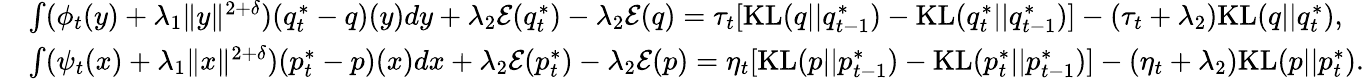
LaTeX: \begin{array}{rl}&{\int(\phi_{t}(y)+\lambda_{1}\| y\| ^{2+\delta})(q_{t}^{*}-q)(y)dy+\lambda_{2}{\cal E}(q_{t}^{*})-\lambda_{2}{\cal E}(q)=\tau_{t}[\mathrm{KL}(q||q_{t-1}^{*})-\mathrm{KL}(q_{t}^{*}||q_{t-1}^{*})]-(\tau_{t}+\lambda_{2})\mathrm{KL}(q||q_{t}^{*}),}\\ &{\int(\psi_{t}(x)+\lambda_{1}\| x\| ^{2+\delta})(p_{t}^{*}-p)(x)dx+\lambda_{2}{\cal E}(p_{t}^{*})-\lambda_{2}{\cal E}(p)=\eta_{t}[\mathrm{KL}(p||p_{t-1}^{*})-\mathrm{KL}(p_{t}^{*}||p_{t-1}^{*})]-(\eta_{t}+\lambda_{2})\mathrm{KL}(p||p_{t}^{*}).}\end{array}